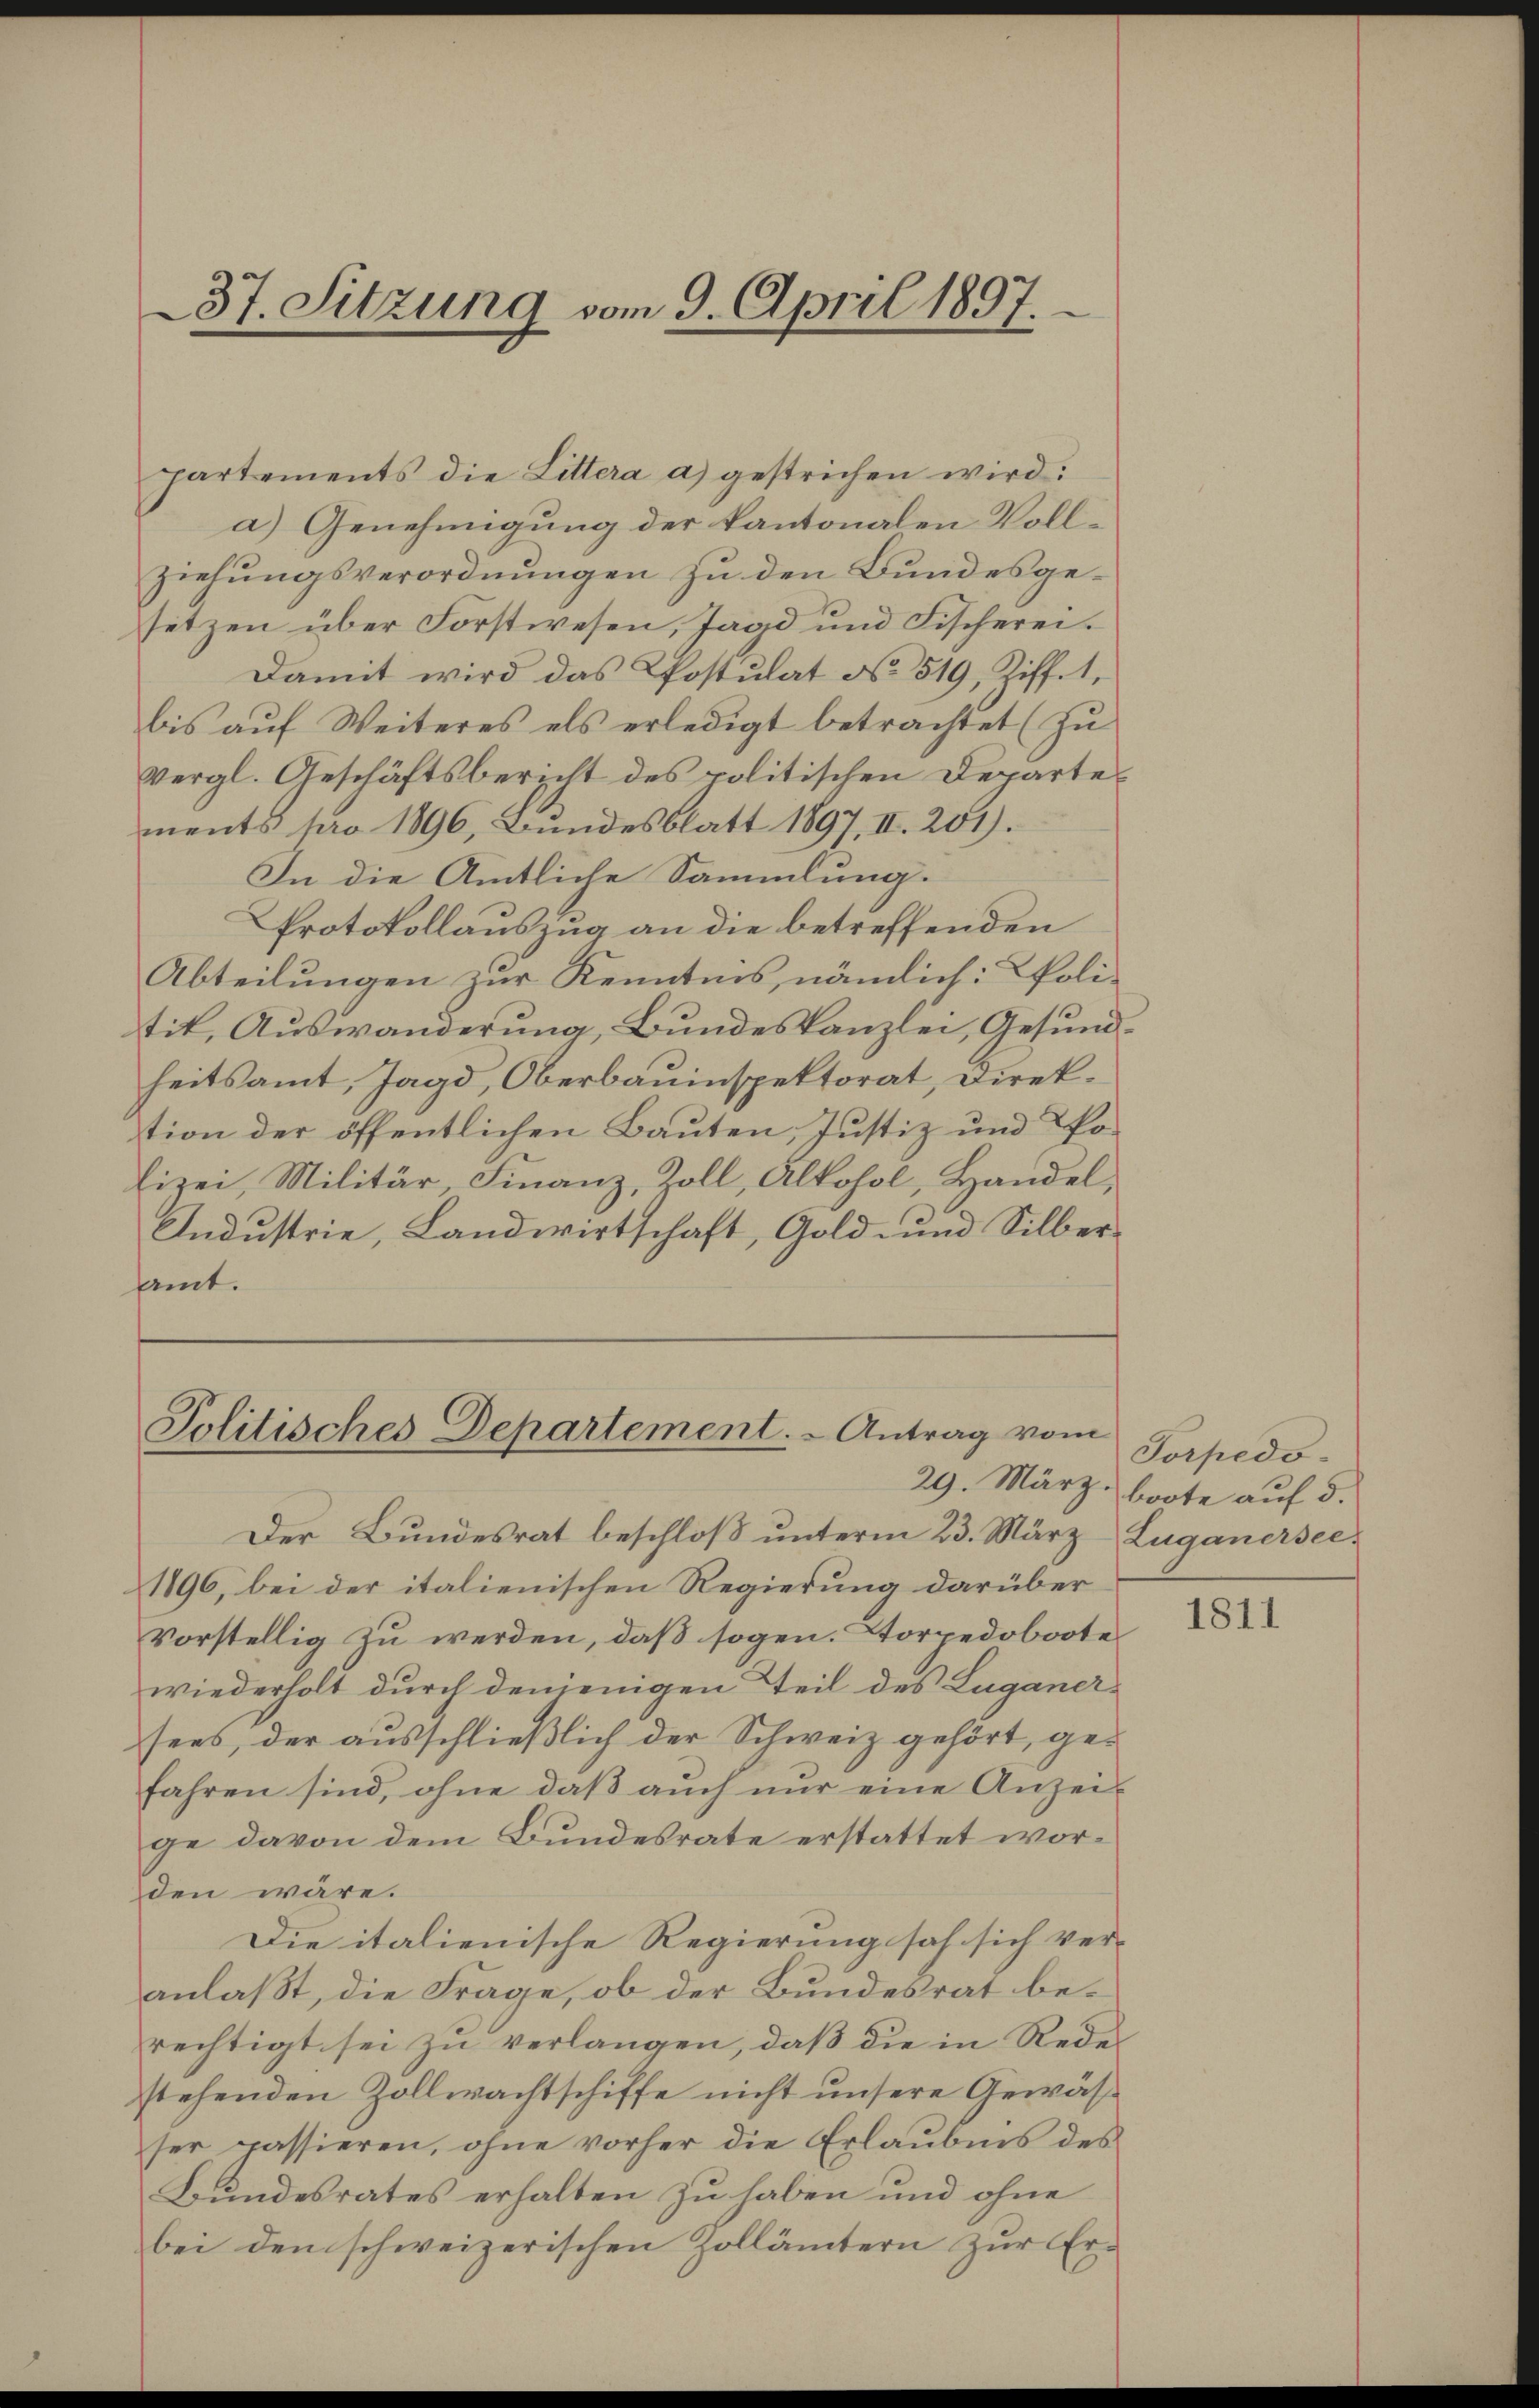
a) Genehmigung der kantonalen Vollziehungsverordnungen zu den Bundesgesetzen über Forstwesen, Jagd und Fischerei.
Damit wird das Postulat No 519, Ziff. 1,
bis aŭf Weiteres als erledigt betrachtet (zŭ
vergl. Geschäftsbericht des politischen Departements pro 1896, Bundesblatt 1897, II. 201).
In die Amtliche Sammlung.
Protokollauszug an die betreffenden
Abteilungen zur Kenntnis, nämlich: Politik, Auswanderung, Bundeskanzlei, Gesundheitsamt, Jagd, Oberbauinspektorat, Direktion der öffentlichen Bauten, Justiz und Tho¬
Eizei, Militär Finanz, Zoll, Alkohol, Handel,
Industrie, Landwirtschaft, Gold und Silberamt.

37. Sitzung vom 9. April 1897.

partements die Littera a) gestrichen wird:

Der Bundesrat beschloß unterm 23. März Luganersee¬
1896, bei der italienischen Regierung darüber
vorstellig zu werden, daß sogen. Torpedoboote
wiederholt durch denjenigen Teil des Luganersees, der ausschließlich der Schweiz gehört, gefahren sind, ohne daß auch nur eine Anzei-
ge davon dem Bundesrate erstattet worden wäre.
Die italienische Regierung sah sich ver-
anlaßt, die Frage, ob der Bundesrat berechtigt sei zu verlangen, daß die in Redestehenden Zollwachtschiffe nicht unsere Gewässer passieren, ohne vorher die Erlaubnis des
Bundesrates erhalten zu haben und ohne
bei den schweizerischen Zollämtern zur Er-

Politisches Departement. - Antrag vom
29. März

Torpedoboote auf d.

1811